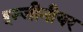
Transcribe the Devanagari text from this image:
इन्जीनीयर